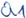
Text: Q1